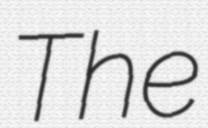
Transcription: The